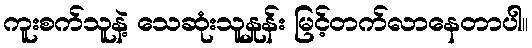
ကူးစက်သူနဲ့ သေဆုံးသူနှုန်း မြင့်တက်လာနေတာပါ။